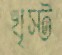
খৃস্ট